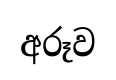
අරූව